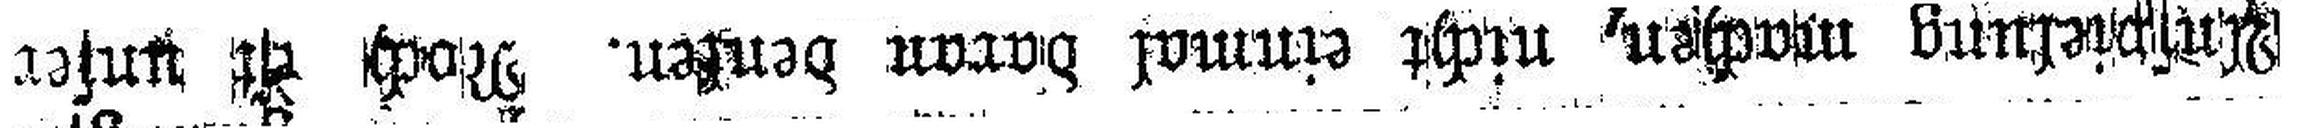
Anspielung machen, nicht einmal daran denken. Noch ist unser